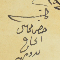
كاتب حضرمخايل الحاج بترومين